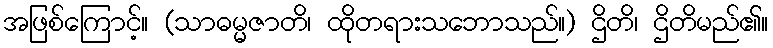
အဖြစ်ကြောင့်။ (သာဓမ္မဇာတိ၊ ထိုတရားသဘောသည်။) ဌိတိ၊ ဌိတိမည်၏။